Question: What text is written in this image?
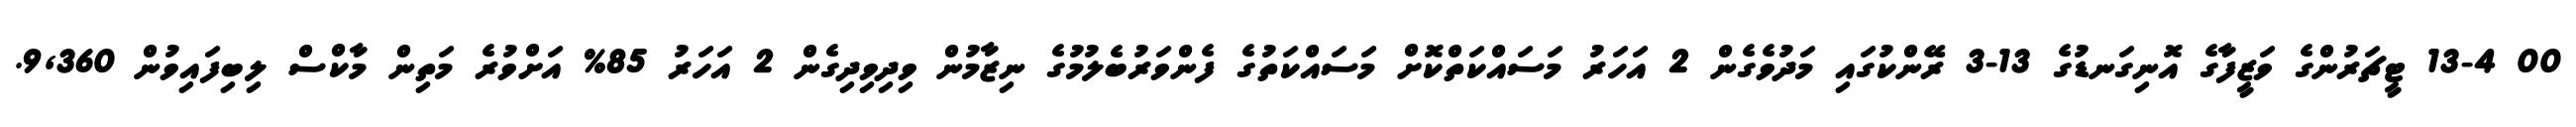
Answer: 00 13-4 ޓީޗަރުންގެ ވަޒީފާގެ އޮނިގަނޑުގެ 13-3 ރޭންކުގައި މަދުވެގެން 2 އަހަރު މަސައްކަތްކޮށް މަސައްކަތުގެ ފެންވަރުބެލުމުގެ ނިޒާމުން ވިދިވިދިގެން 2 އަހަރު 85% އަށްވުރެ މަތިން މާކްސް ލިބިފައިވުން 9,360.